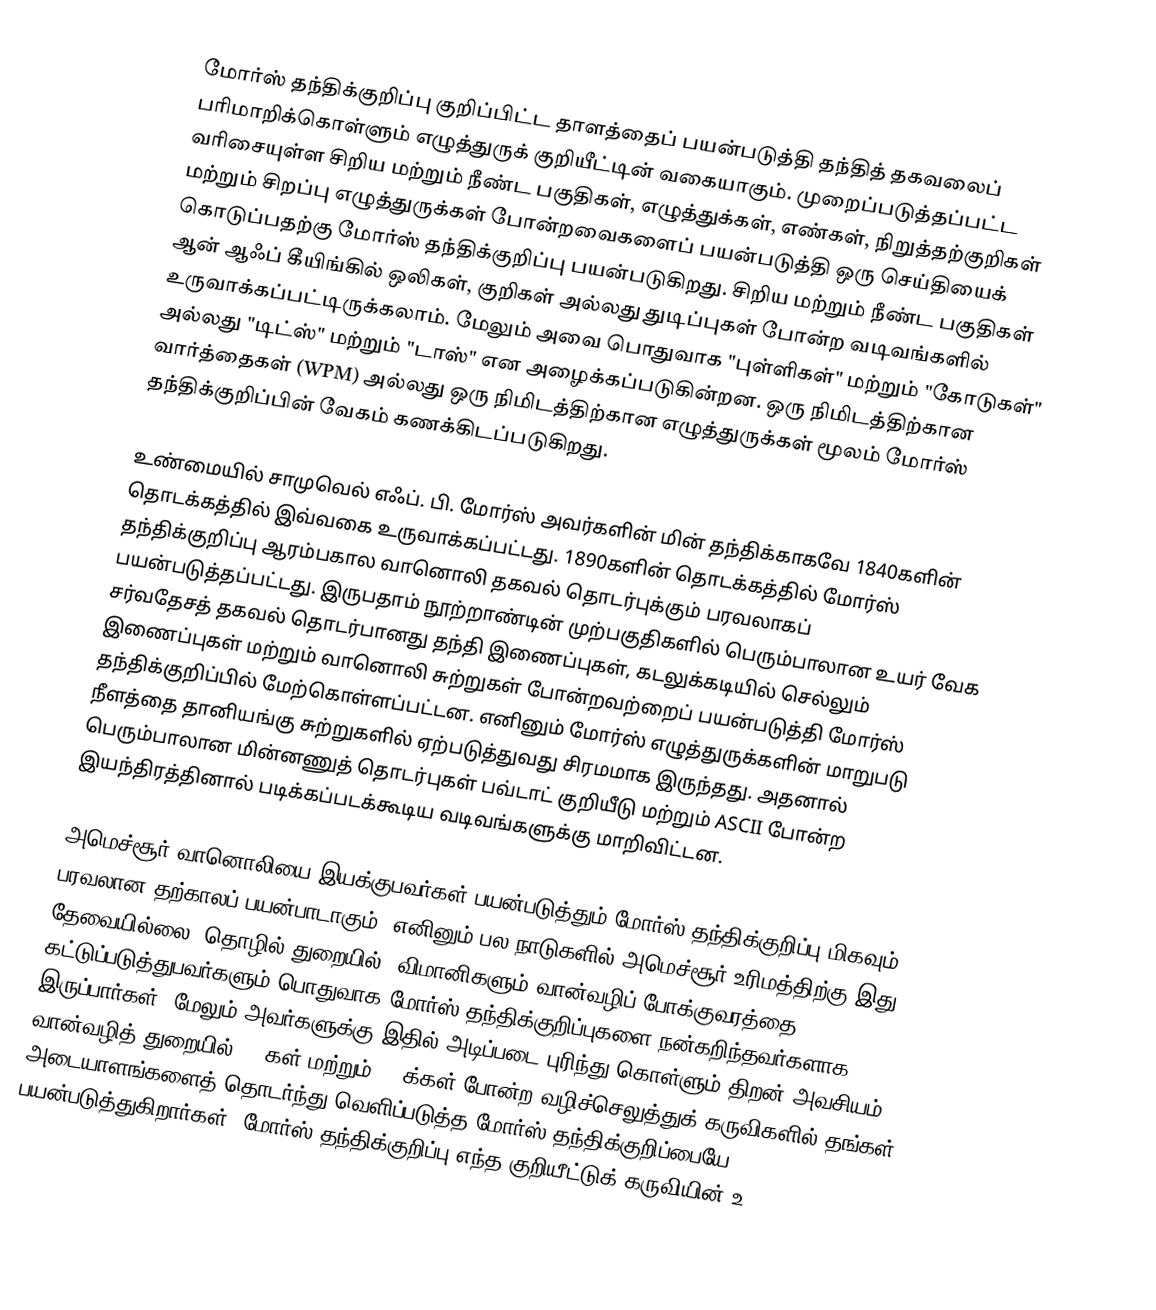
மோர்ஸ் தந்திக்குறிப்பு குறிப்பிட்ட தாளத்தைப் பயன்படுத்தி தந்தித் தகவலைப் பரிமாறிக்கொள்ளும் எழுத்துருக் குறியீட்டின் வகையாகும். முறைப்படுத்தப்பட்ட வரிசையுள்ள சிறிய மற்றும் நீண்ட பகுதிகள், எழுத்துக்கள், எண்கள், நிறுத்தற்குறிகள் மற்றும் சிறப்பு எழுத்துருக்கள் போன்றவைகளைப் பயன்படுத்தி ஒரு செய்தியைக் கொடுப்பதற்கு மோர்ஸ் தந்திக்குறிப்பு பயன்படுகிறது. சிறிய மற்றும் நீண்ட பகுதிகள் ஆன் ஆஃப் கீயிங்கில் ஒலிகள், குறிகள் அல்லது துடிப்புகள் போன்ற வடிவங்களில் உருவாக்கப்பட்டிருக்கலாம். மேலும் அவை பொதுவாக "புள்ளிகள்" மற்றும் "கோடுகள்" அல்லது "டிட்ஸ்" மற்றும் "டாஸ்" என அழைக்கப்படுகின்றன. ஒரு நிமிடத்திற்கான வார்த்தைகள் (WPM) அல்லது ஒரு நிமிடத்திற்கான எழுத்துருக்கள் மூலம் மோர்ஸ் தந்திக்குறிப்பின் வேகம் கணக்கிடப்படுகிறது.

உண்மையில் சாமுவெல் எஃப். பி. மோர்ஸ் அவர்களின் மின் தந்திக்காகவே 1840களின் தொடக்கத்தில் இவ்வகை உருவாக்கப்பட்டது. 1890களின் தொடக்கத்தில் மோர்ஸ் தந்திக்குறிப்பு ஆரம்பகால வானொலி தகவல் தொடர்புக்கும் பரவலாகப் பயன்படுத்தப்பட்டது. இருபதாம் நூற்றாண்டின் முற்பகுதிகளில் பெரும்பாலான உயர் வேக சர்வதேசத் தகவல் தொடர்பானது தந்தி இணைப்புகள், கடலுக்கடியில் செல்லும் இணைப்புகள் மற்றும் வானொலி சுற்றுகள் போன்றவற்றைப் பயன்படுத்தி மோர்ஸ் தந்திக்குறிப்பில் மேற்கொள்ளப்பட்டன. எனினும் மோர்ஸ் எழுத்துருக்களின் மாறுபடு நீளத்தை தானியங்கு சுற்றுகளில் ஏற்படுத்துவது சிரமமாக இருந்தது. அதனால் பெரும்பாலான மின்னணுத் தொடர்புகள் பவ்டாட் குறியீடு மற்றும் ASCII போன்ற இயந்திரத்தினால் படிக்கப்படக்கூடிய வடிவங்களுக்கு மாறிவிட்டன.

அமெச்சூர் வானொலியை இயக்குபவர்கள் பயன்படுத்தும் மோர்ஸ் தந்திக்குறிப்பு மிகவும் பரவலான தற்காலப் பயன்பாடாகும். எனினும் பல நாடுகளில் அமெச்சூர் உரிமத்திற்கு இது தேவையில்லை. தொழில் துறையில், விமானிகளும் வான்வழிப் போக்குவரத்தை கட்டுப்படுத்துபவர்களும் பொதுவாக மோர்ஸ் தந்திக்குறிப்புகளை நன்கறிந்தவர்களாக இருப்பார்கள். மேலும் அவர்களுக்கு இதில் அடிப்படை புரிந்து கொள்ளும் திறன் அவசியம். வான்வழித் துறையில் VORகள் மற்றும் NDBக்கள் போன்ற வழிச்செலுத்துக் கருவிகளில் தங்கள் அடையாளங்களைத் தொடர்ந்து வெளிப்படுத்த மோர்ஸ் தந்திக்குறிப்பையே பயன்படுத்துகிறார்கள். மோர்ஸ் தந்திக்குறிப்பு எந்த குறியீட்டுக் கருவியின் உ